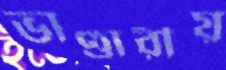
ভাণ্ডারীয়